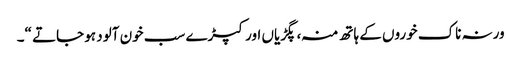
ورنہ ناک خوروں کے ہاتھ منہ ، پگڑیاں اور کپڑے سب خون آلود ہو جاتے “۔